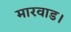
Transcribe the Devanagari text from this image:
मारवाड।